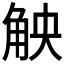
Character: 𮗪